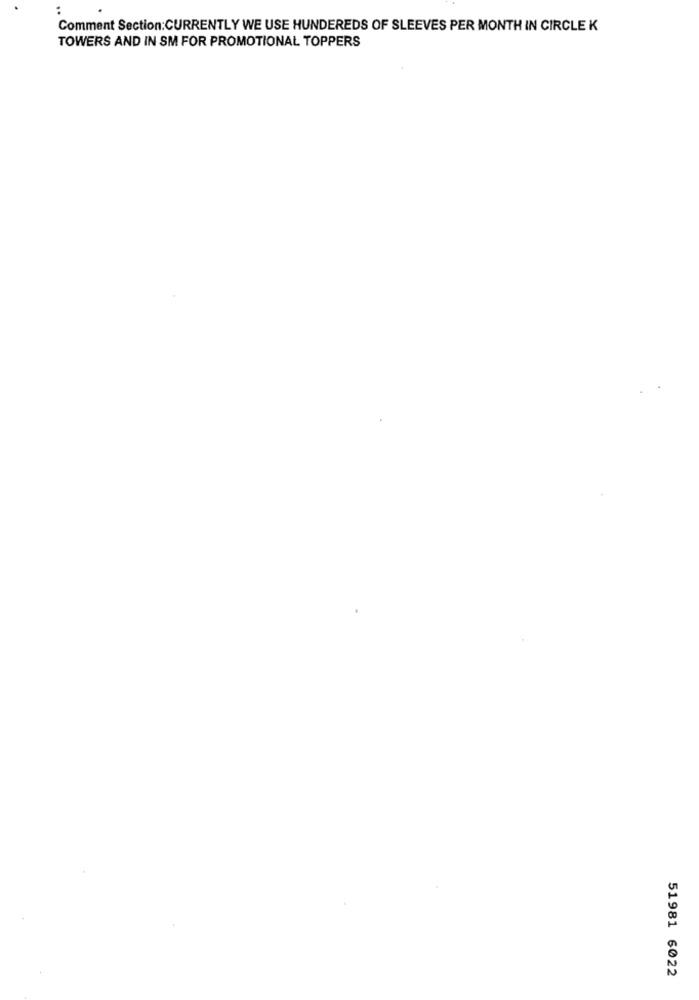
:
Comment Section:CURRENTLY WE USE HUNDEREDS OF SLEEVES PER MONTH IN CIRCLE K
TOWERS AND IN SM FOR PROMOTIONAL TOPPERS
51981 6022